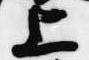
上